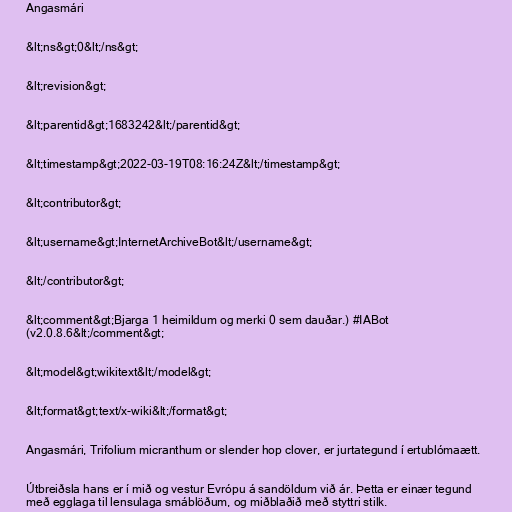
Angasmári

&lt;ns&gt;0&lt;/ns&gt;

&lt;revision&gt;

&lt;parentid&gt;1683242&lt;/parentid&gt;

&lt;timestamp&gt;2022-03-19T08:16:24Z&lt;/timestamp&gt;

&lt;contributor&gt;

&lt;username&gt;InternetArchiveBot&lt;/username&gt;

&lt;/contributor&gt;

&lt;comment&gt;Bjarga 1 heimildum og merki 0 sem dauðar.) #IABot
(v2.0.8.6&lt;/comment&gt;

&lt;model&gt;wikitext&lt;/model&gt;

&lt;format&gt;text/x-wiki&lt;/format&gt;

Angasmári, Trifolium micranthum or slender hop clover, er jurtategund í ertublómaætt.

Útbreiðsla hans er í mið og vestur Evrópu á sandöldum við ár. Þetta er einær tegund
með egglaga til lensulaga smáblöðum, og miðblaðið með styttri stilk.